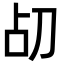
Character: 𪟂